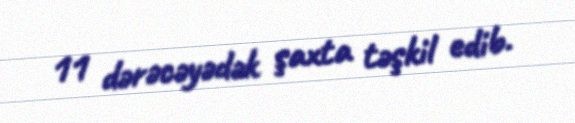
11 dərəcəyədək şaxta təşkil edib.